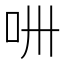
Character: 𠯢